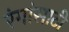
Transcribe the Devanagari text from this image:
रंगांसाठी